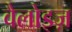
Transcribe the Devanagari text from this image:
वैलोइज़